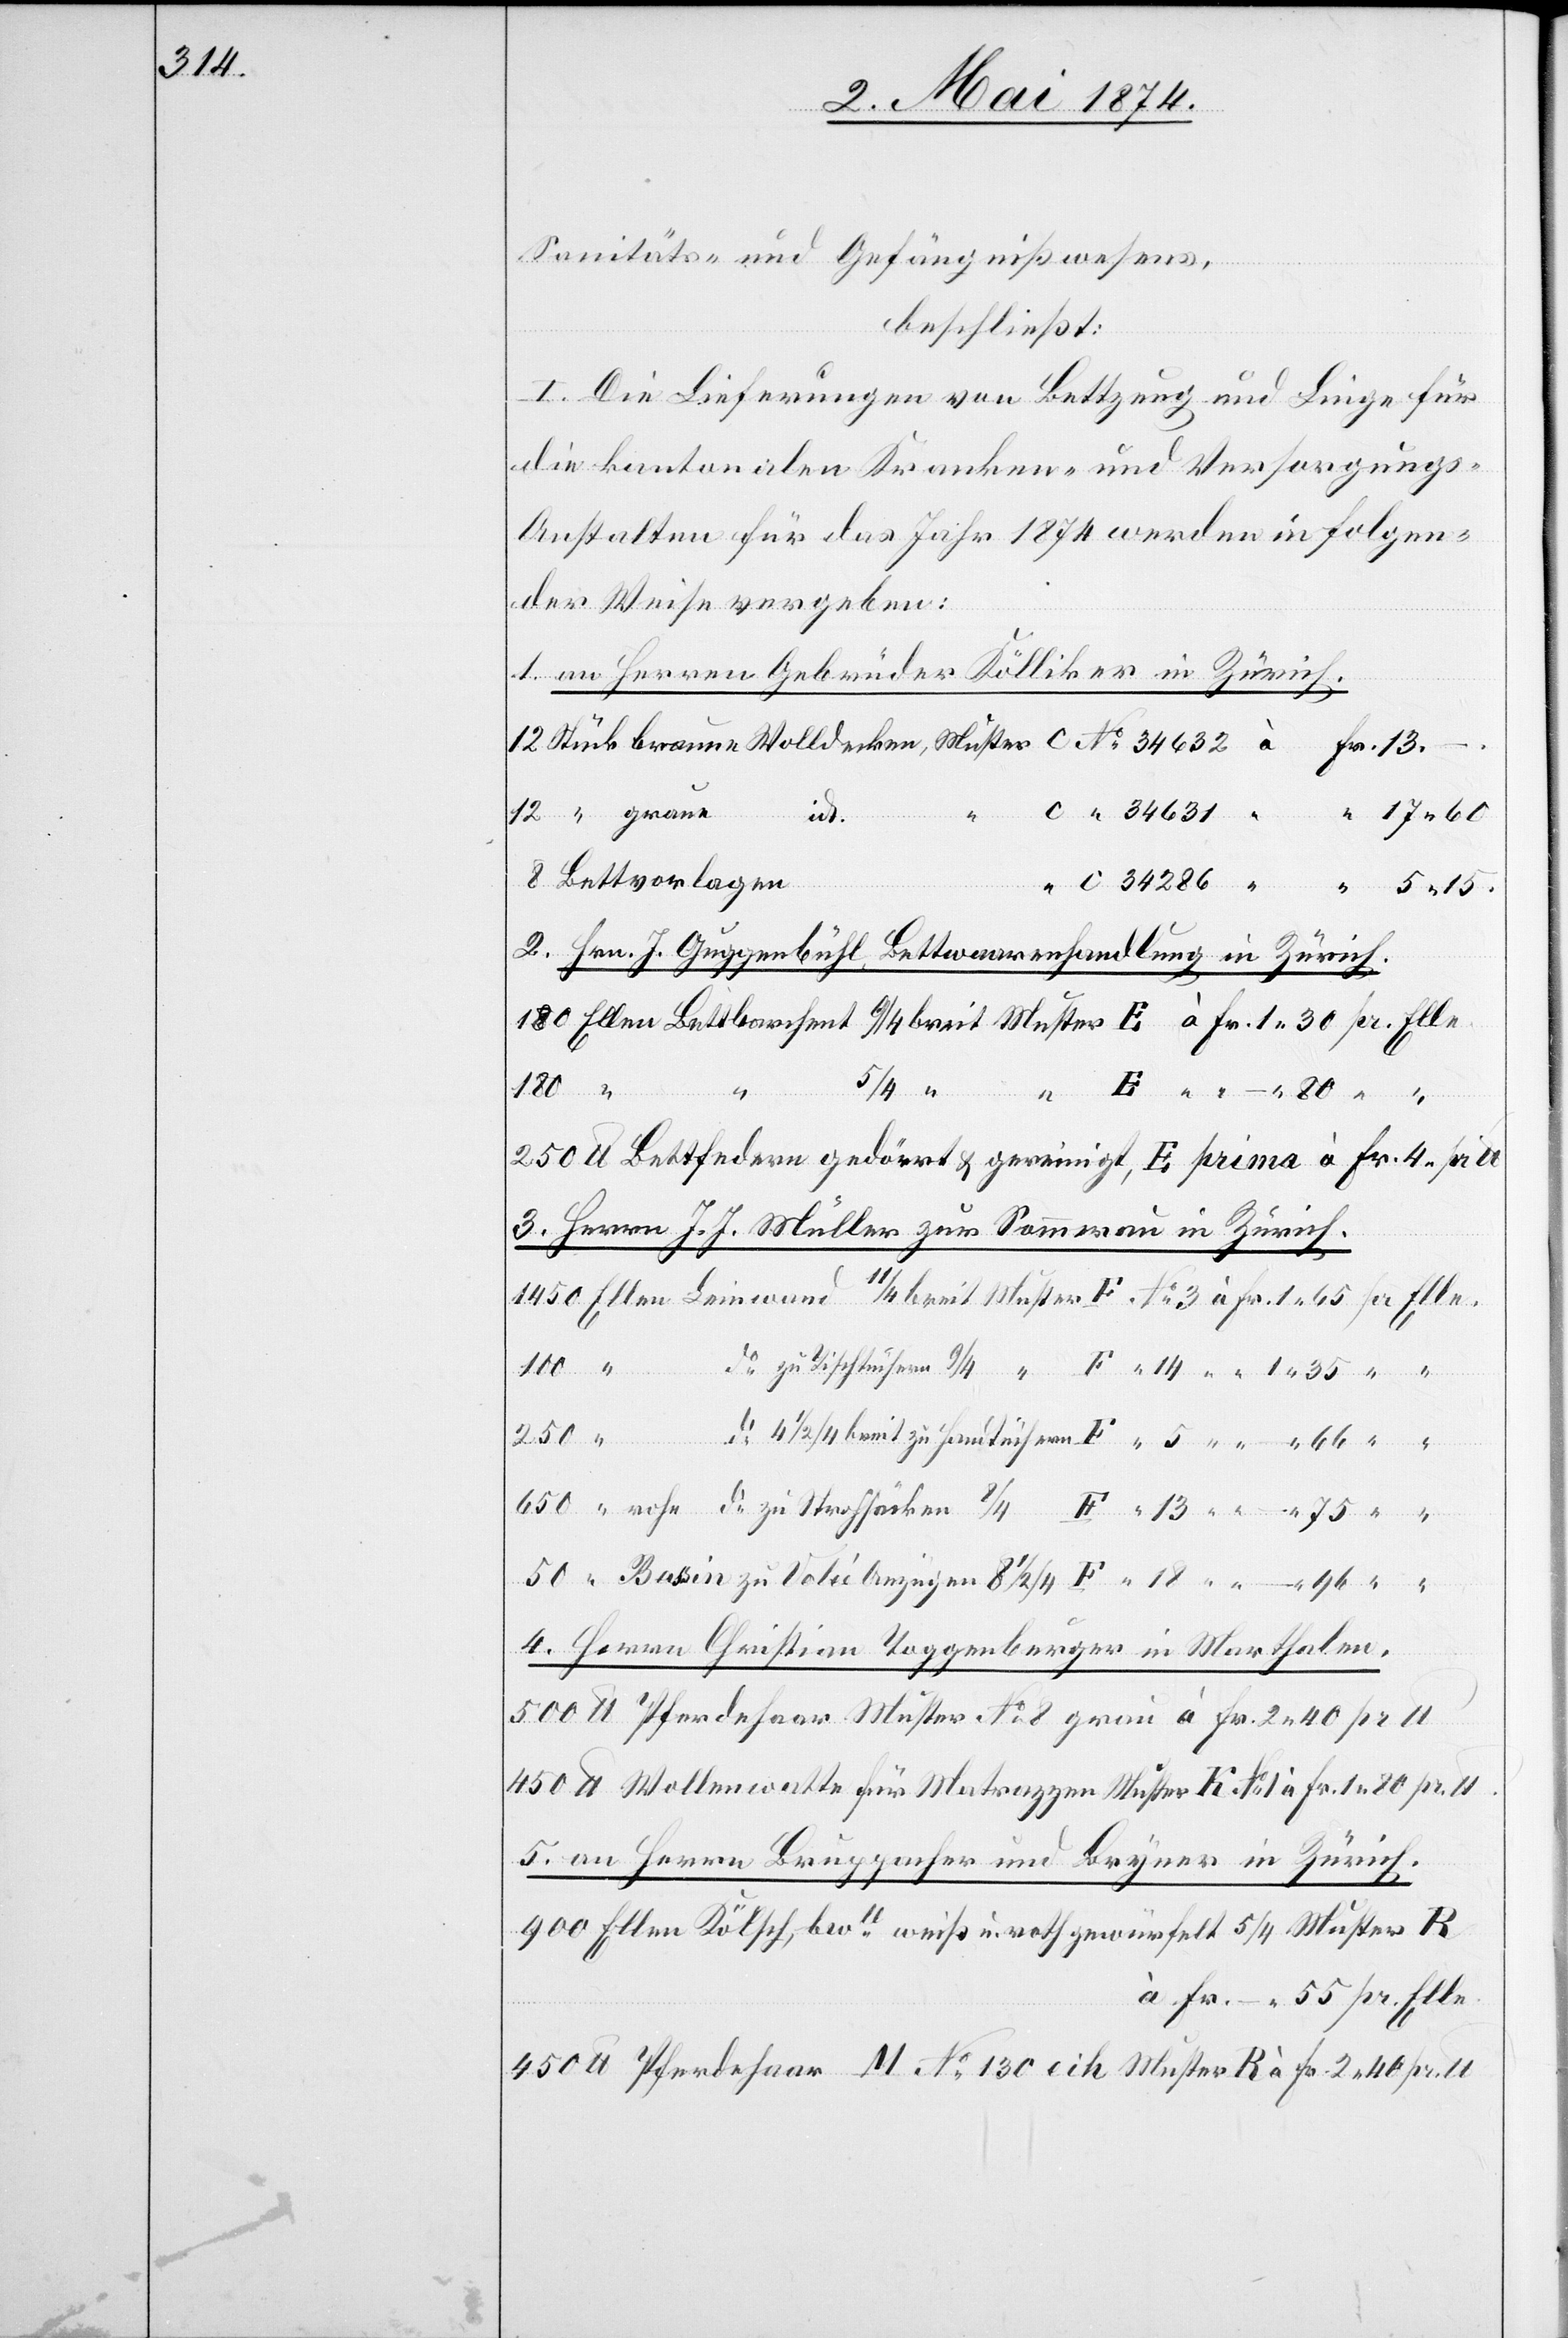
Sanitäts- und Gefängnißwesens,
beschließt:
I. Die Lieferungen von Bettzeug und Liege für
die kantonalen Kranken- und Versorgungs-A¬
nstalten für das Jahre 1874 werden in folgen¬
der Weise vergeben:
1. an Herren Gebrüder Kölliker in Zürich.
Muster R
Bettvorlagen
2. Hrn. J. Guggenbühl, Bettwaarenhandlung in Zürich.
2.
pr.
100
40
pr.
3. Herren J. J. Müller zur Sommerau in Zürich.
lb.
4. Herren Christian Toggenburger in Marthalen.
5. an Herrn Bruppacher und Bryner in Zürich.